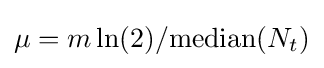
\mu =m\ln(2)/{\operatorname {median} (N_{t})}